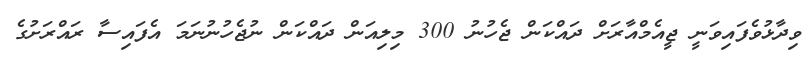
ވިދާޅުވެފައިވަނީ ޖީއެމްއާރަށް ދައްކަން ޖެހުނު 300 މިލިއަން ދައްކަން ނުޖެހުނުނަމަ އެފައިސާ ރައްރަށުގެ